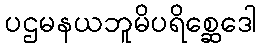
ပဌမနယဘူမိပရိစ္ဆေဒေါ